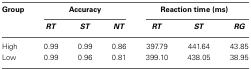
<table><thead><tr><td><b>Group</b></td><td colspan="3"><b>Accuracy</b></td><td colspan="3"><b>Reaction time (ms)</b></td></tr><tr><td></td><td><b><i>RT</i></b></td><td><b><i>ST</i></b></td><td><b><i>NT</i></b></td><td><b><i>RT</i></b></td><td><b><i>ST</i></b></td><td><b><i>RG</i></b></td></tr></thead><tbody><tr><td>High</td><td>0.99</td><td>0.99</td><td>0.86</td><td>397.79</td><td>441.64</td><td>43.85</td></tr><tr><td>Low</td><td>0.99</td><td>0.96</td><td>0.81</td><td>399.10</td><td>438.05</td><td>38.95</td></tr></tbody></table>